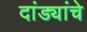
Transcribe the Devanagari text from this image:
दांड्यांचे